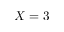
X = 3